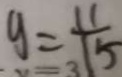
y = \frac { 1 1 } { 1 5 }